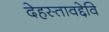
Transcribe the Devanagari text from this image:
देहस्तावद्देवि